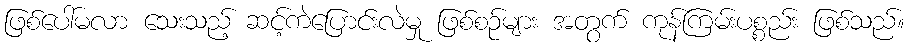
ဖြစ်ပေါ်မလာ သေးသည့် ဆင့်ကဲပြောင်းလဲမှု ဖြစ်စဉ်များ အတွက် ကုန်ကြမ်းပစ္စည်း ဖြစ်သည်။